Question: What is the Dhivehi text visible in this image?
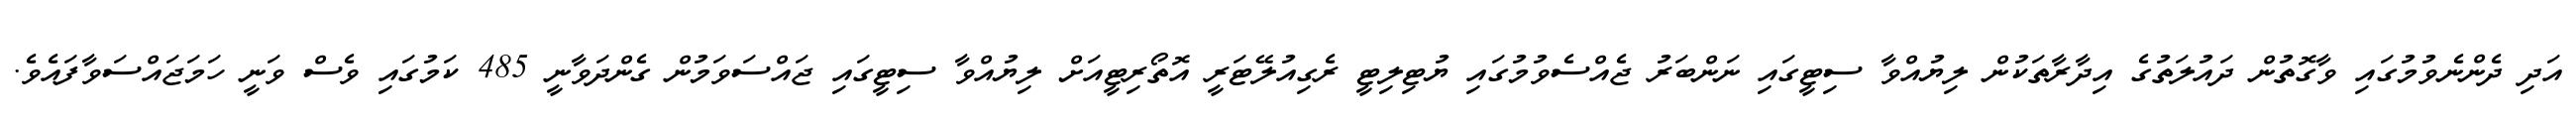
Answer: އަދި ދެންނެވުމުގައި ވާގޮތުން ދައުލަތުގެ އިދާރާތަކުން ލިޔުއްވާ ސިޓީގައި ނަންބަރު ޖެއްސެވުމުގައި ޔުޓިލިޓީ ރެގިއުލޭޓަރީ އޮތޯރިޓީއަށް ލިޔުއްވާ ސިޓީގައި ޖައްސަވަމުން ގެންދަވާނީ 485 ކަމުގައި ވެސް ވަނީ ހަމަޖައްސަވާފައެވެ.